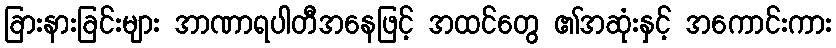
ခြားနားခြင်းများ အာဏာရပါတီအနေဖြင့် အထင်တွေ ၏အဆုံးနှင့် အကောင်းကား